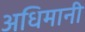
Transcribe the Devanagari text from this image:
अधिमानी